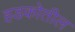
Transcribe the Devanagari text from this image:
हडकोतील